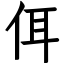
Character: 佴